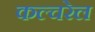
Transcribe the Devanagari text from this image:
कल्चरेल